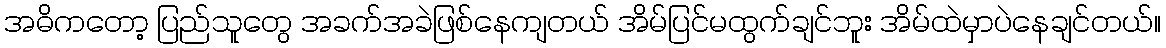
အဓိကတော့ ပြည်သူတွေ အခက်အခဲဖြစ်နေကျတယ် အိမ်ပြင်မထွက်ချင်ဘူး အိမ်ထဲမှာပဲနေချင်တယ်။